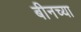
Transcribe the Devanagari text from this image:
बीनच्या